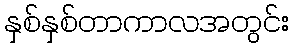
နှစ်နှစ်တာကာလအတွင်း